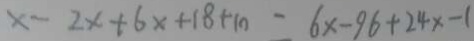
x - 2 x + 6 x + 1 8 + 1 0 = 6 x - 9 6 + 2 4 x - 1